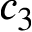
c _ { 3 }